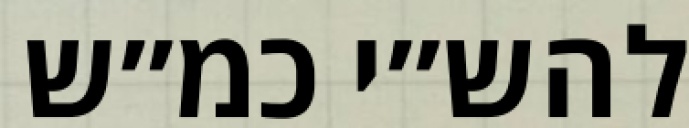
להש״י כמ״ש